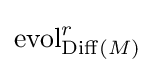
\operatorname {evol} _{\operatorname {Diff} (M)}^{r}